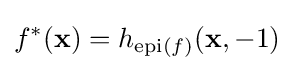
f^{*}(\mathbf {x} )=h_{\operatorname {epi} (f)}(\mathbf {x} ,-1)